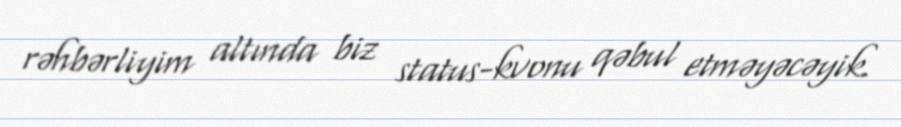
rəhbərliyim altında biz status-kvonu qəbul etməyəcəyik.